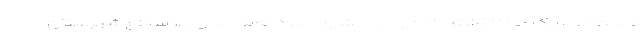
صمت طی یک ماه گذشته ۳۲۵ واحد مشاور املاک فاقد مجوز در سطح شهرستان